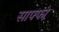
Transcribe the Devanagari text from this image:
साफ्फो